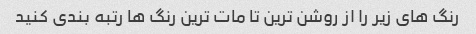
رنگ های زیر را از روشن ترین تا مات ترین رنگ ها رتبه بندی کنید